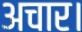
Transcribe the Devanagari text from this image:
अचार।